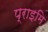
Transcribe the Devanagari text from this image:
प्राइमि